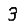
Digit: 3